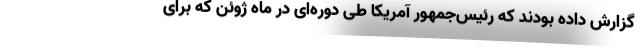
گزارش داده بودند که رئیس‌جمهور آمریکا طی دوره‌ای در ماه ژوئن که برای